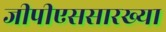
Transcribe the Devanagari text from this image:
जीपीएससारख्या